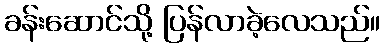
ခန်းဆောင်သို့ ပြန်လာခဲ့လေသည်။